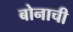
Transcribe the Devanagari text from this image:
बोनाची